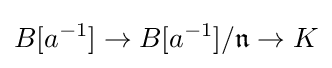
B[a^{-1}]\to B[a^{-1}]/{\mathfrak {n}}\to K